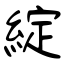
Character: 綻